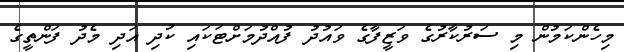
މިހެންކަމުން މި ސަރުކާރުގެ ވަޒީފާގެ ވައުދު ފުއްދުމަށްޓަކައި ކުދި އަދި މެދު ފަންތީގެ